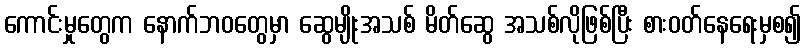
ကောင်းမှုတွေက နောက်ဘဝတွေမှာ ဆွေမျိုးအသစ် မိတ်ဆွေ အသစ်လိုဖြစ်ပြီး စားဝတ်နေရေးမှစ၍